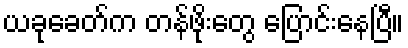
ယခုခေတ်က တန်ဖိုးတွေ ပြောင်းနေပြီ။